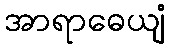
အာရာဓေယျံ